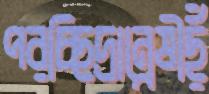
পরচ্ছিদ্রান্বেষীছুঁ